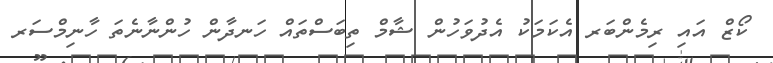
ކޯޒް އައި ރިމެންބަރ އެކަމަކު އެދުވަހުން ޝާމް ތިބަސްތައް ހަނދާން ހުންނާނެތަ ހާނިމްސަރ